Annual report on the Civil Veterinary Department, Burma (including the Insein Veterinary School) - 1923-1931
Year: 1923
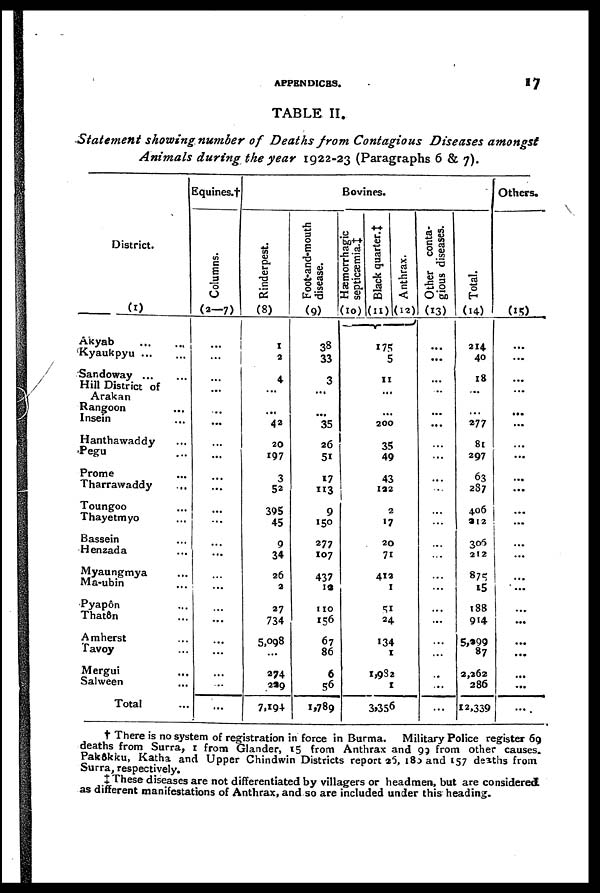
APPENDICES.
17
TABLE II.
Statement showing number of Deaths from Contagious Diseases amongst
Animals during the year 1922-23 (Paragraphs 6 & 7).
District.
(1)
Akyab
...
...
Kyaukpyu ... ...
Sandoway
...
...
Hill District of
Arakan
Rangoon
...
Insein ...
Hanthawaddy ...
Pegu ...
Prome ...
Tharrawaddy ...
Toungoo ...
Thayetmyo ...
Bassein ...
Henzada ...
Myaungmya ...
Ma-ubin ...
Pyapôn ...
That8n ...
Amherst ...
Tavoy ...
Mergui
...
Salween ...
Total ...
Equines.†
Columns.
(2—7)
...
...
...
...
...
...
...
...
...
... ...
...
...
...
...
...
...
...
...
...
...
...
...
Bovines.
Rinderpest.
(8)
1
2
4
...
...
42
20
197
3
52
395
45
9
34
26
2
27
734
5,098
...
274
299
7,19+
Foot-and-mouth
disease.
(9)
38
33
3
...
...
...
26
51
17
113
9
150
277
107
437
13
110
156
67
86
6
56
1,789
Hæmorrhagic
septicæmia.‡
(10)
...
Black quarter.‡
(11)
175
5
11
...
...
200
35
49
43
122
2
«7
20
71
412
1
51
Anthrax.
(12)
...
24
134
1
1,982
1
3,356
Other conta-
gious diseases.
(13)
...
...
...
...
...
...
...
...
...
...
...
...
...
...
...
...
...
...
...
...
...
...
Total.
(14)
214
40
18
...
...
277
81
297
63
287
406
312
306
212
875
15
188
914
5,999
87
2,262
286
12,339
Others.
(15)
...
...
...
...
...
...
...
...
...
...
...
...
...
...
...
...
...
...
...
...
...
† There is no system of registration in force in Burma. Military Police register 69
deaths from Surra, 1 from Glander, 15 from Anthrax and 93 from other causes.
Pakôkku, Katha and Upper Chindwin Districts report 25, 183 and 157 deaths from
Surra, respectively.
‡ These diseases are not differentiated by villagers or headmen, but are considered
as different manifestations of Anthrax, and so are included under this heading.